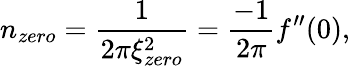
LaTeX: n_{zero}=\frac{1}{2\pi\xi_{zero}^{2}}=\frac{-1}{2\pi}f^{\prime\prime}(0),